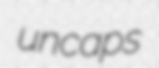
uncaps